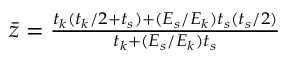
\begin{array} { r } { \bar { z } = \frac { t _ { k } ( t _ { k } / 2 + t _ { s } ) + ( E _ { s } / E _ { k } ) t _ { s } ( t _ { s } / 2 ) } { t _ { k } + ( E _ { s } / E _ { k } ) t _ { s } } } \end{array}